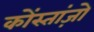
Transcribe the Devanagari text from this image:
कोंस्तांज़ो